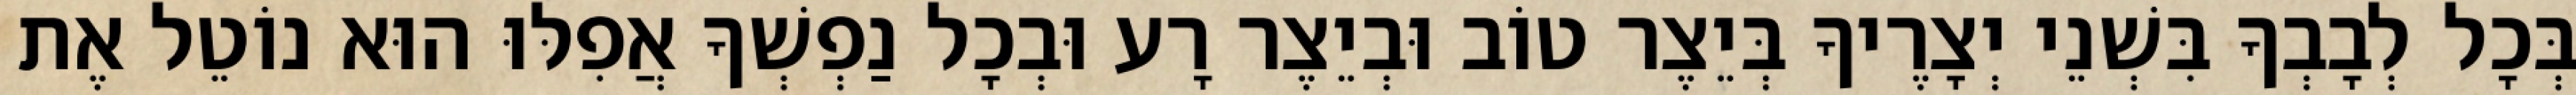
בְּכָל לְבָבְךָ בִּשְׁנֵי יְצָרֶיךָ בְּיֵצֶר טוֹב וּבְיֵצֶר רָע וּבְכָל נַפְשְׁךָ אֲפִלּוּ הוּא נוֹטֵל אֶת